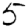
Digit: 5